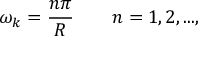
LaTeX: \omega _ { k } = \frac { n \pi } { R } \qquad n = 1 , 2 , . . . ,